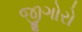
જીગોરો